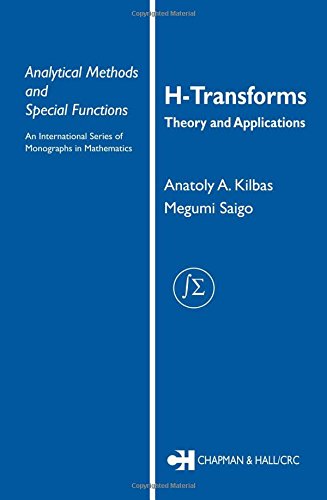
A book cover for H-Transforms: Theory and Applications (Analytical Methods and Special Functions); Anatoly A. Kilbas; Science & Math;